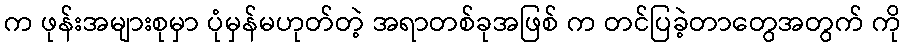
က ဖုန်းအများစုမှာ ပုံမှန်မဟုတ်တဲ့ အရာတစ်ခုအဖြစ် က တင်ပြခဲ့တာတွေအတွက် ကို